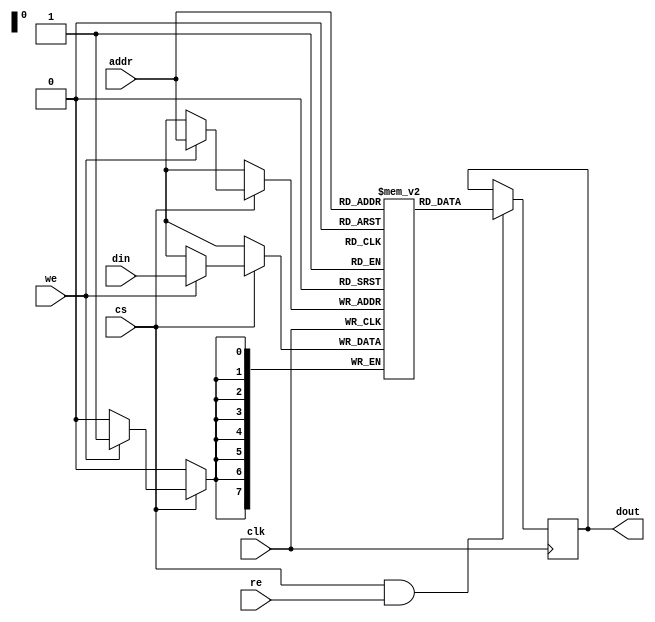
module sram #(
    parameter DATA_WIDTH = 8,  // Number of bits per word
    parameter ADDR_WIDTH = 8   // Number of address bits (for depth)
)(
    input wire clk,             // Clock signal
    input wire cs,              // Chip Select
    input wire we,              // Write Enable
    input wire re,              // Read Enable
    input wire [ADDR_WIDTH-1:0] addr, // Address input
    input wire [DATA_WIDTH-1:0] din,  // Data input
    output reg [DATA_WIDTH-1:0] dout   // Data output
);

    // Memory array declaration
    reg [DATA_WIDTH-1:0] memory [(2**ADDR_WIDTH)-1:0];

    // Read and Write operations
    always @(posedge clk) begin
        if (cs) begin
            if (we) begin
                // Write operation
                memory[addr] <= din;
            end
        end
    end

    always @(negedge clk) begin
        if (cs && re) begin
            // Read operation
            dout <= memory[addr];
        end
    end

    // Optional: Power management and low-power modes can be implemented here
    // For example, you can add a retention mode or clock gating logic

    // Testability features can be added here
    // For example, built-in self-test (BIST) capabilities

endmodule